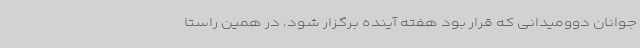
جوانان دوومیدانی که قرار بود هفته آینده برگزار شود، در همین راستا